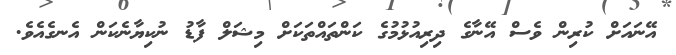
އޭނައަށް ކުރިން ވެސް އޭނާގެ ދިރިއުޅުމުގެ ކަންތައްތަކަށް މިޝަލް ފާޑު ނުކިޔާނެކަން އެނގެއެވެ.